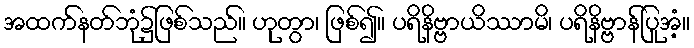
အထက်နတ်ဘုံ၌ဖြစ်သည်။ ဟုတွာ၊ ဖြစ်၍။ ပရိနိဗ္ဗာယိဿာမိ၊ ပရိနိဗ္ဗာန်ပြုအံ့။